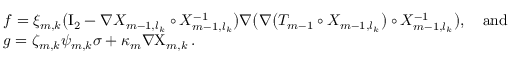
\begin{array} { r l } & { f = \xi _ { m , k } \bigl ( \ensuremath { \mathrm { I } _ { 2 } } - \nabla X _ { m - 1 , l _ { k } } \circ X _ { m - 1 , l _ { k } } ^ { - 1 } \bigr ) \nabla \bigl ( \nabla \bigl ( T _ { m - 1 } \circ X _ { m - 1 , l _ { k } } \bigr ) \circ X _ { m - 1 , l _ { k } } ^ { - 1 } \bigr ) , \quad \mathrm { a n d } } \\ & { g = \zeta _ { m , k } { \psi } _ { m , k } \sigma + \kappa _ { m } \nabla { \Chi } _ { m , k } \, . } \end{array}